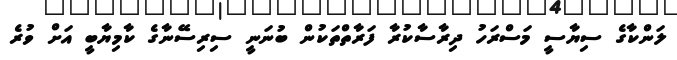
ލަންކާގެ ސިޔާސީ މަސްރަހު ދިރާސާކުރާ ފަރާތްތަކުން ބުނަނީ ސިރިސޭނާގެ ކާމިޔާބީ އަށް ވުރެ